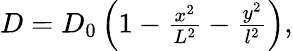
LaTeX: \begin{array}{r}{D=D_{0}\left(1-\frac{x^{2}}{L^{2}}-\frac{y^{2}}{l^{2}}\right),}\end{array}